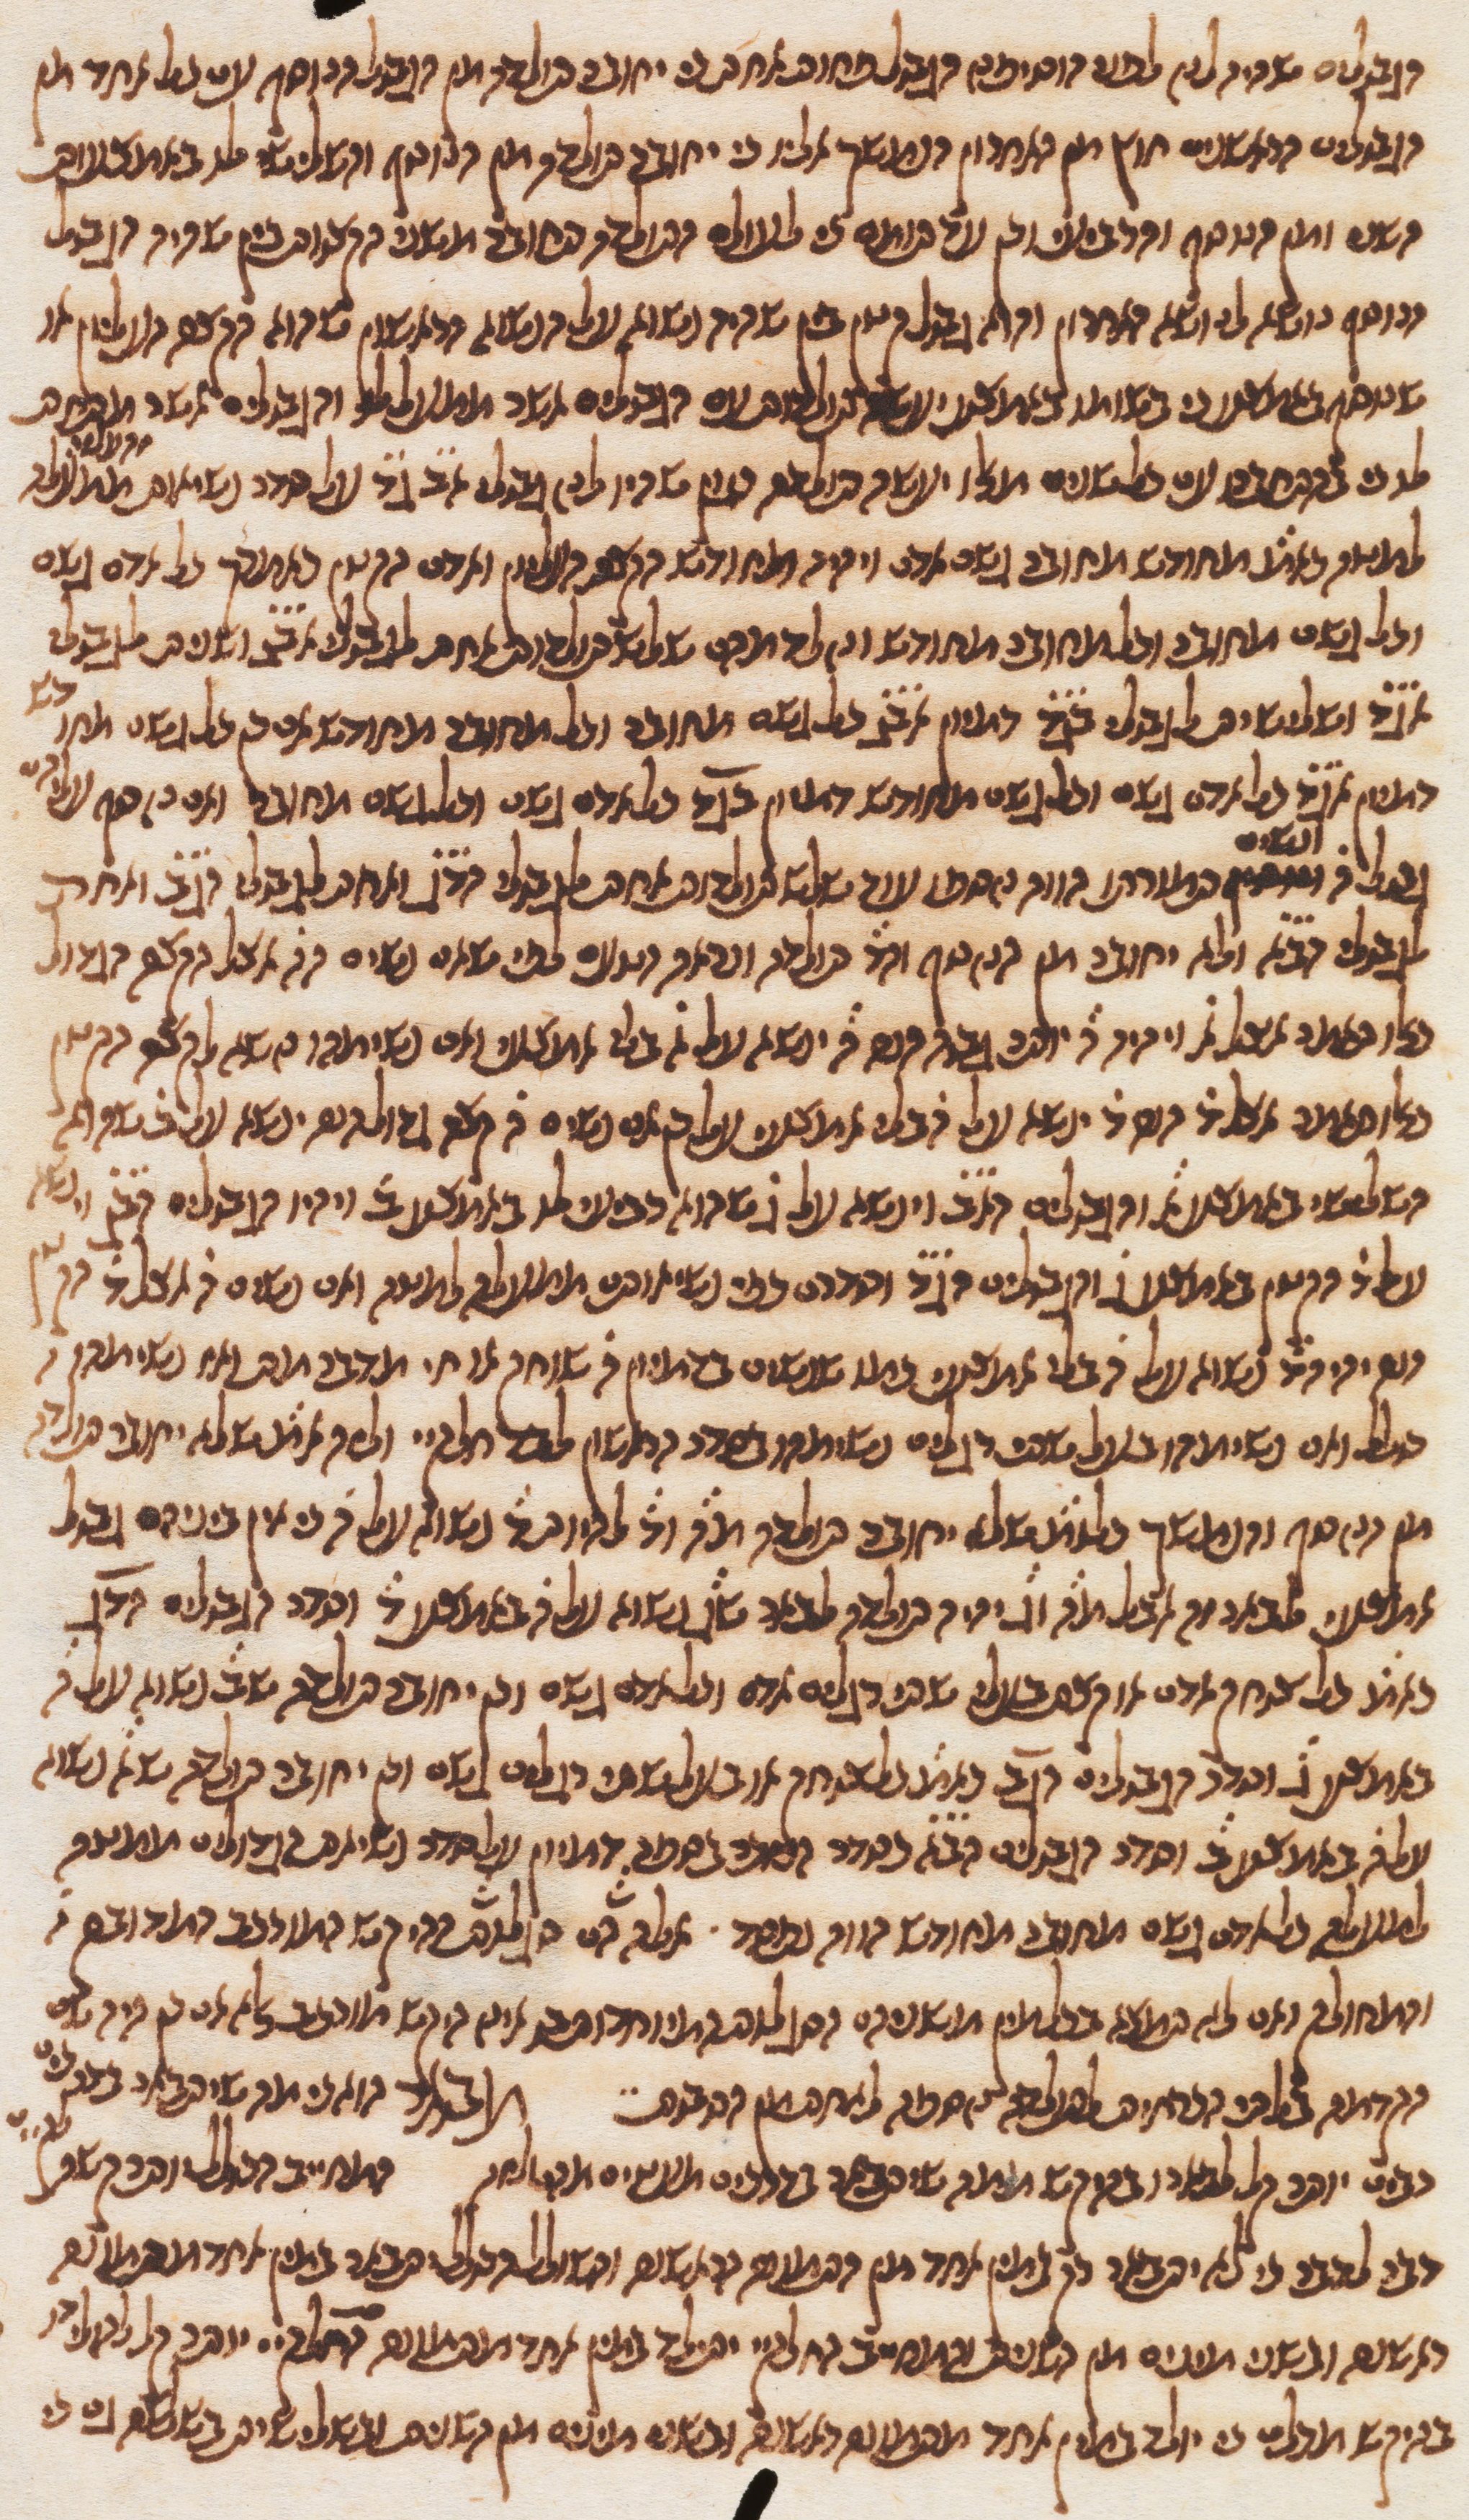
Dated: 1270–1330